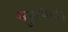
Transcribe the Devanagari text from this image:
अनुमिति।